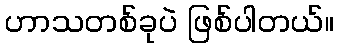
ဟာသတစ်ခုပဲ ဖြစ်ပါတယ်။